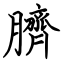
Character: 臍